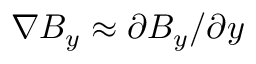
\nabla B _ { y } \approx \partial B _ { y } / \partial y